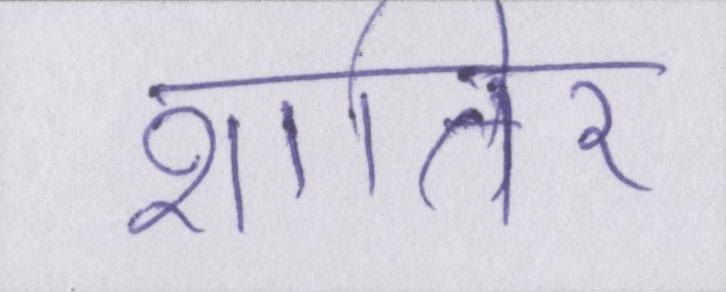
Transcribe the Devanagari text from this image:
शातिर